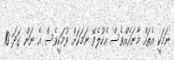
ނަމަކީ އެތައް މާނައެއްވެސް އެކުލެވޭ ނަމަކަށް ވުމަކީވެސް އެ ނަން ގަދަ 10